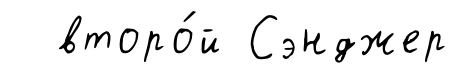
второ́й Сэнджер